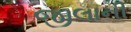
જીલાની